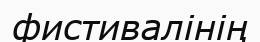
фистивалінің